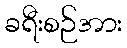
ခရီးစဉ်အား